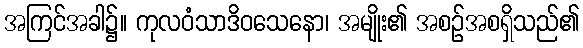
အကြင်အခါ၌။ ကုလဝံသာဒိဝသေနော၊ အမျိုး၏ အစဉ်အစရှိသည်၏